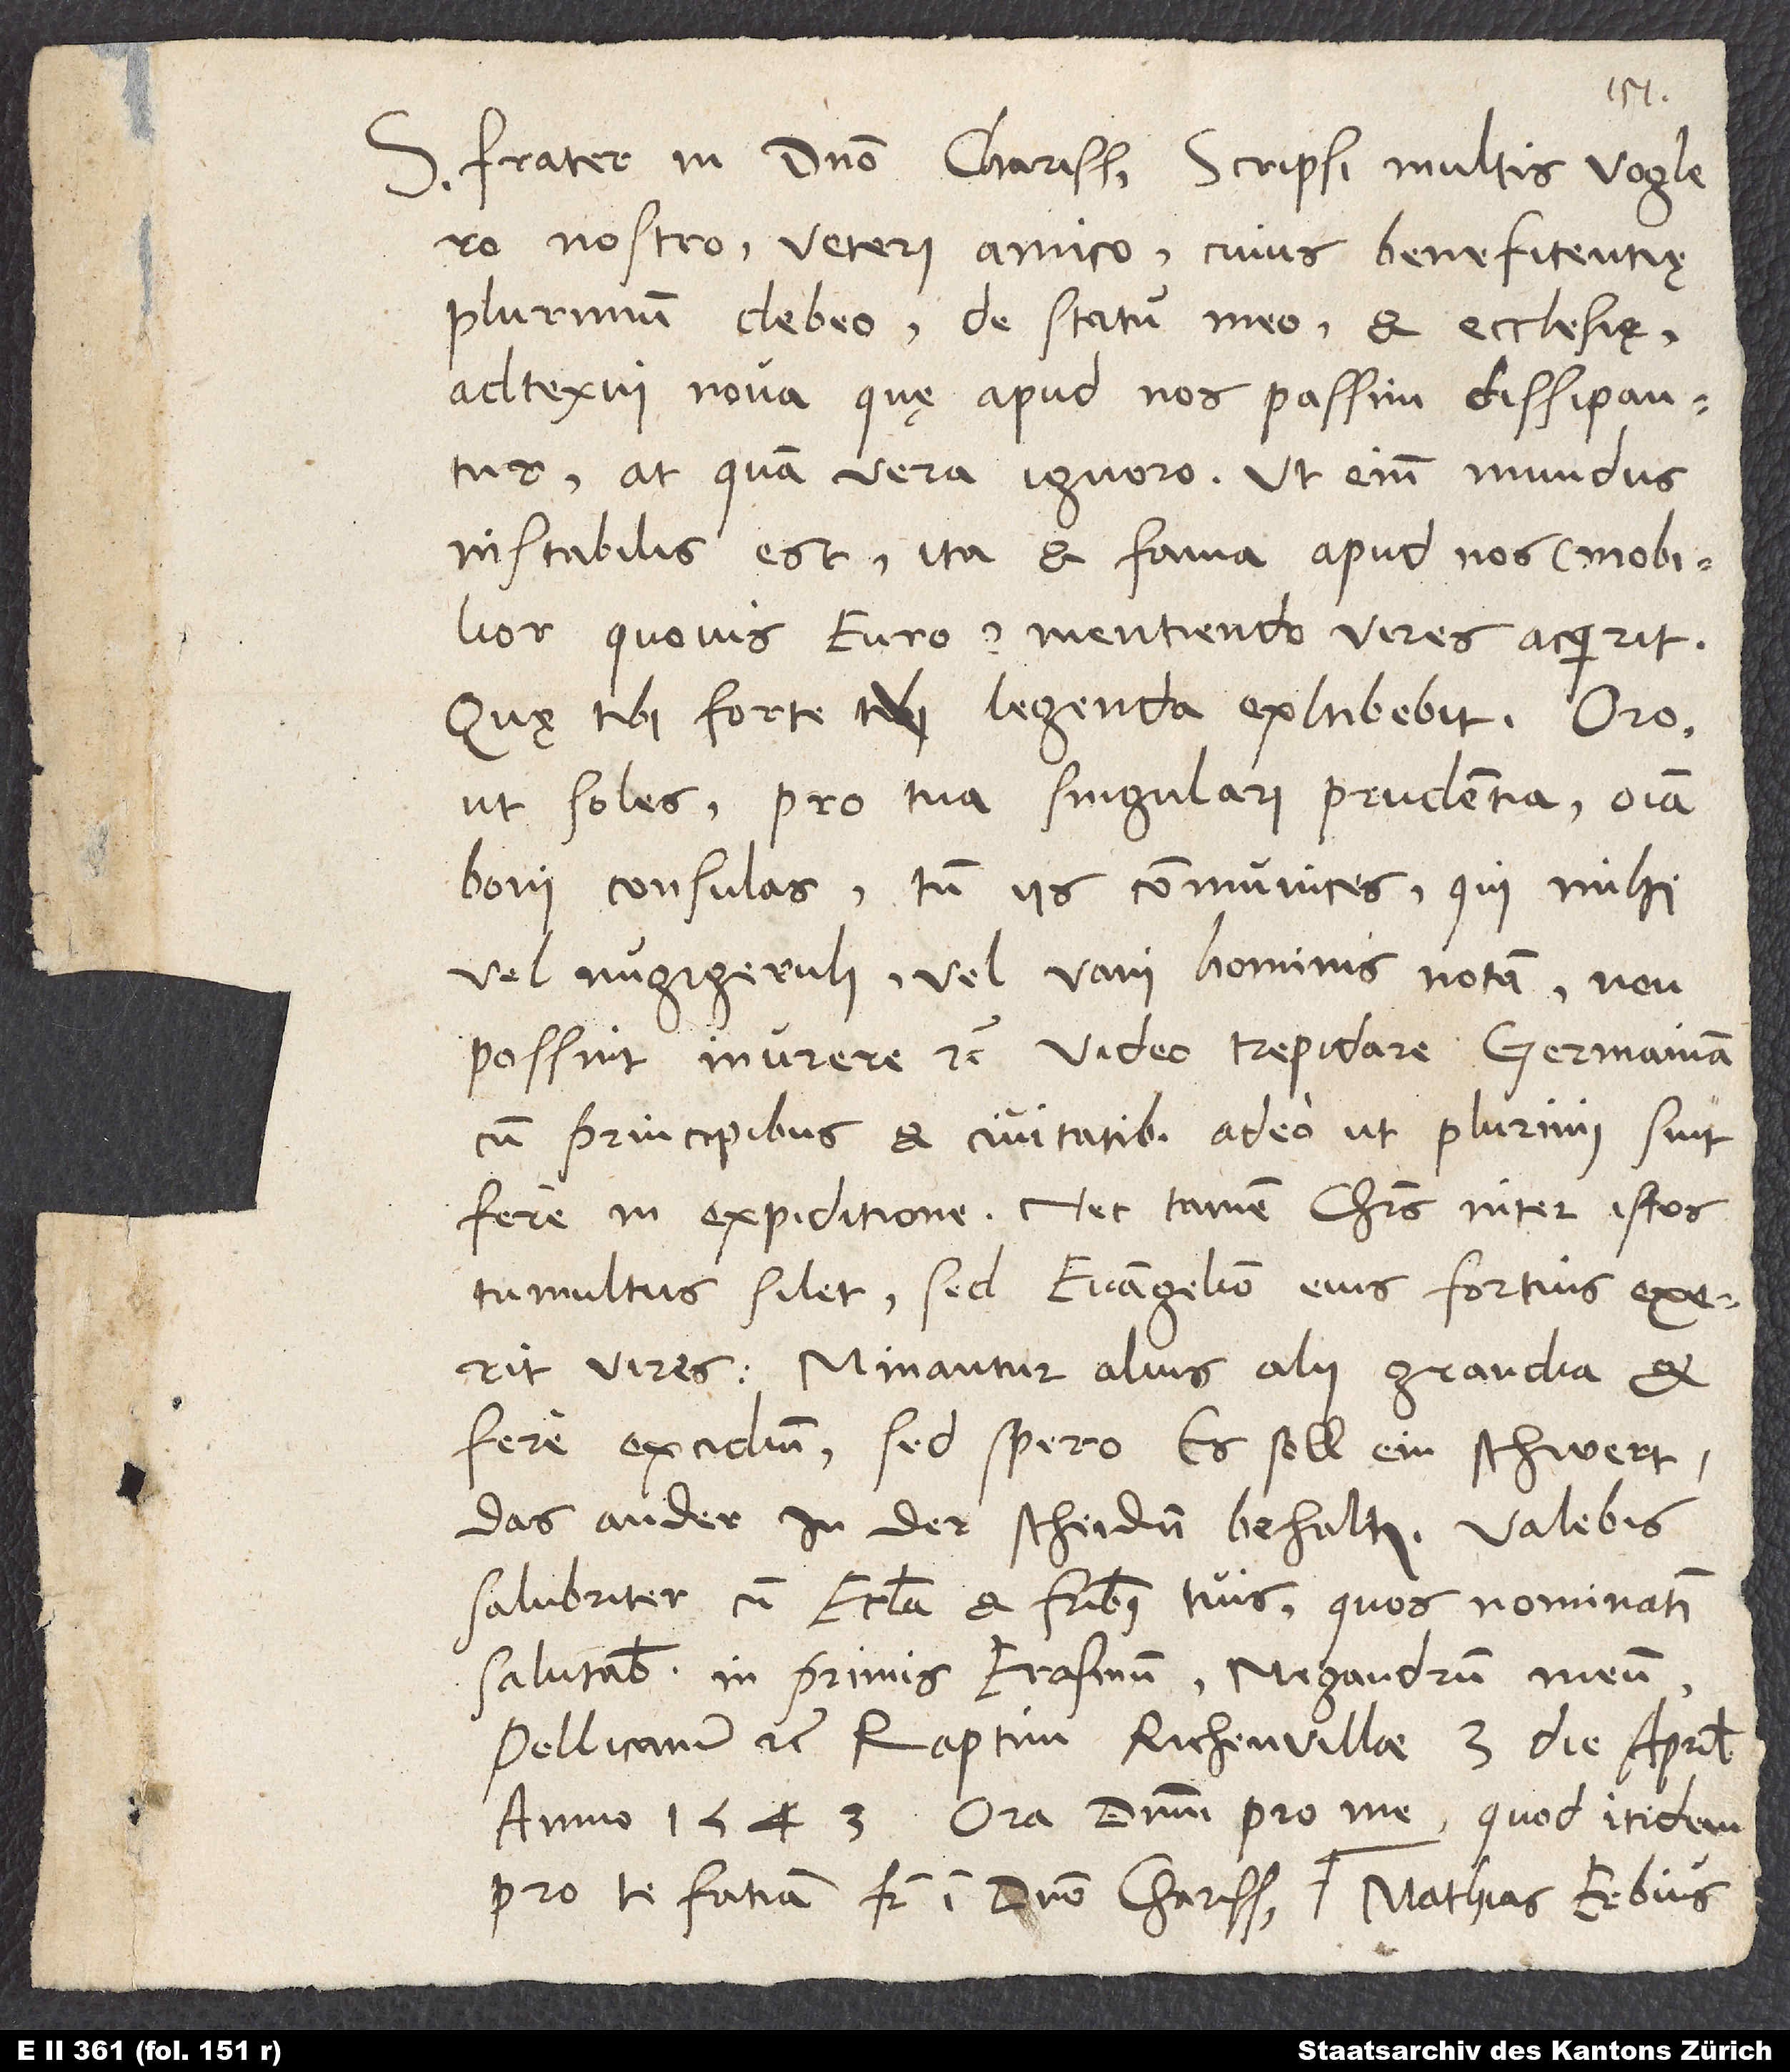
S. frater in domino charissime. Scripsi multis Voglero
nostro, veteri amico, cuius beneficentię
plurimum debeo, de statu meo et ecclesię.
Adtexui nova, quę apud nos passim dissipantur,
at quam vera, ignoro; ut enim mundus
instabilis est, ita et fama apud nos (mobilior
quovis euro) mentiendo vires acquirit.
Quę tibi forte legenda exhibebit. Oro,
ut soles, pro tua singulari prudentia omnia
boni consulas, tum iis communices, qui mihi
vel nugigeruli vel vani hominis notam non
possint inurere etc. Video trepidare Germaniam
cum principibus et civitatibus adeo, ut plurimi sint
fere in expeditione. Nec tamen Christus inter istos
tumultus silet, sed evangelium eius fortius exerit
vires. Minantur alius alii grandia et
fere excidium, sed spero, es soll ein schwert
das ander in der scheiden behalten. Valebis
salubriter cum ecclesia et fratribus tuis, quos nominatim
salutabis, inprimis Erasmum, Megandrum meum,
Pellicanum etc. Raptim, Richenvillae, 3. die aprilis
anno 1543. Ora dominum pro me, quod itidem
pro te fatiam, frater in domino charissime. Mathias Erbius.